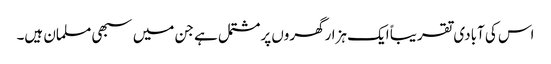
اس کی آبادی تقریباً ایک ہزارگھروں پرمشتمل ہے جن میں سبھی مسلمان ہیں۔